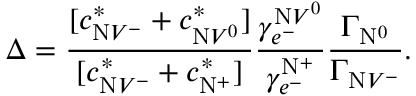
\Delta = \frac { [ c _ { \mathrm { N } V ^ { - } } ^ { * } + c _ { \mathrm { N } V ^ { 0 } } ^ { * } ] } { [ c _ { \mathrm { N } V ^ { - } } ^ { * } + c _ { \mathrm { N } ^ { + } } ^ { * } ] } \frac { \gamma _ { e ^ { - } } ^ { \mathrm { N } V ^ { 0 } } } { \gamma _ { e ^ { - } } ^ { \mathrm { N } ^ { + } } } \frac { \Gamma _ { \mathrm { N } ^ { 0 } } } { \Gamma _ { \mathrm { N } V ^ { - } } } .